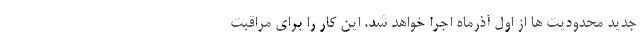
جدید محدودیت ها از اول آذرماه اجرا خواهد شد. این کار را برای مراقبت